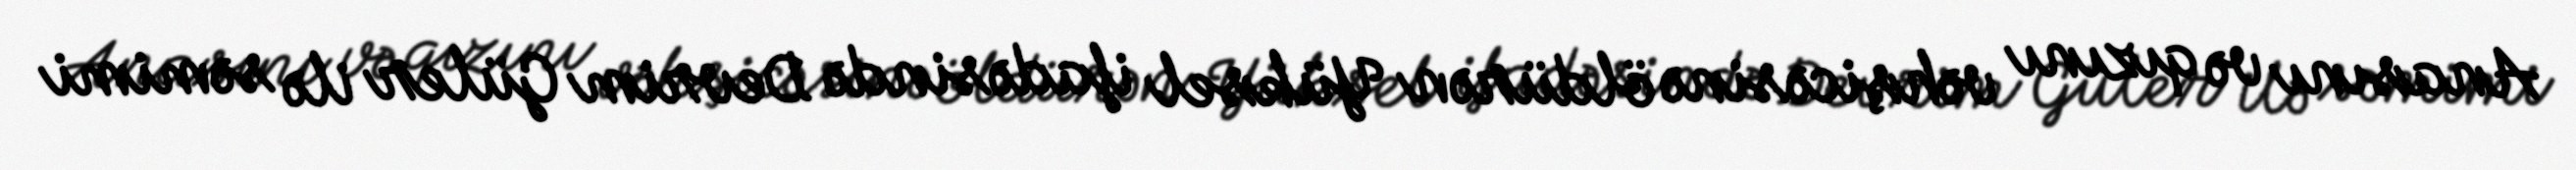
Anasını və qızını vəhşicəsinə öldürən Yüksel ifadəsində Devrim Güler ilə səmimi